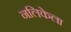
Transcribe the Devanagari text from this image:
नलिकेला